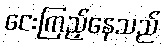
ငေးကြည့်နေသည်